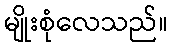
မျိုးစုံလေသည်။